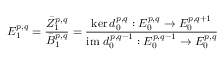
E _ { 1 } ^ { p , q } = { \frac { { \bar { Z } } _ { 1 } ^ { p , q } } { { \bar { B } } _ { 1 } ^ { p , q } } } = { \frac { \ker d _ { 0 } ^ { p , q } : E _ { 0 } ^ { p , q } \rightarrow E _ { 0 } ^ { p , q + 1 } } { { \mathrm { i m ~ } } d _ { 0 } ^ { p , q - 1 } : E _ { 0 } ^ { p , q - 1 } \rightarrow E _ { 0 } ^ { p , q } } }